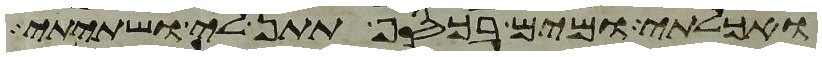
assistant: ואכלתי ומים בכסף תתן לי ושתיתי